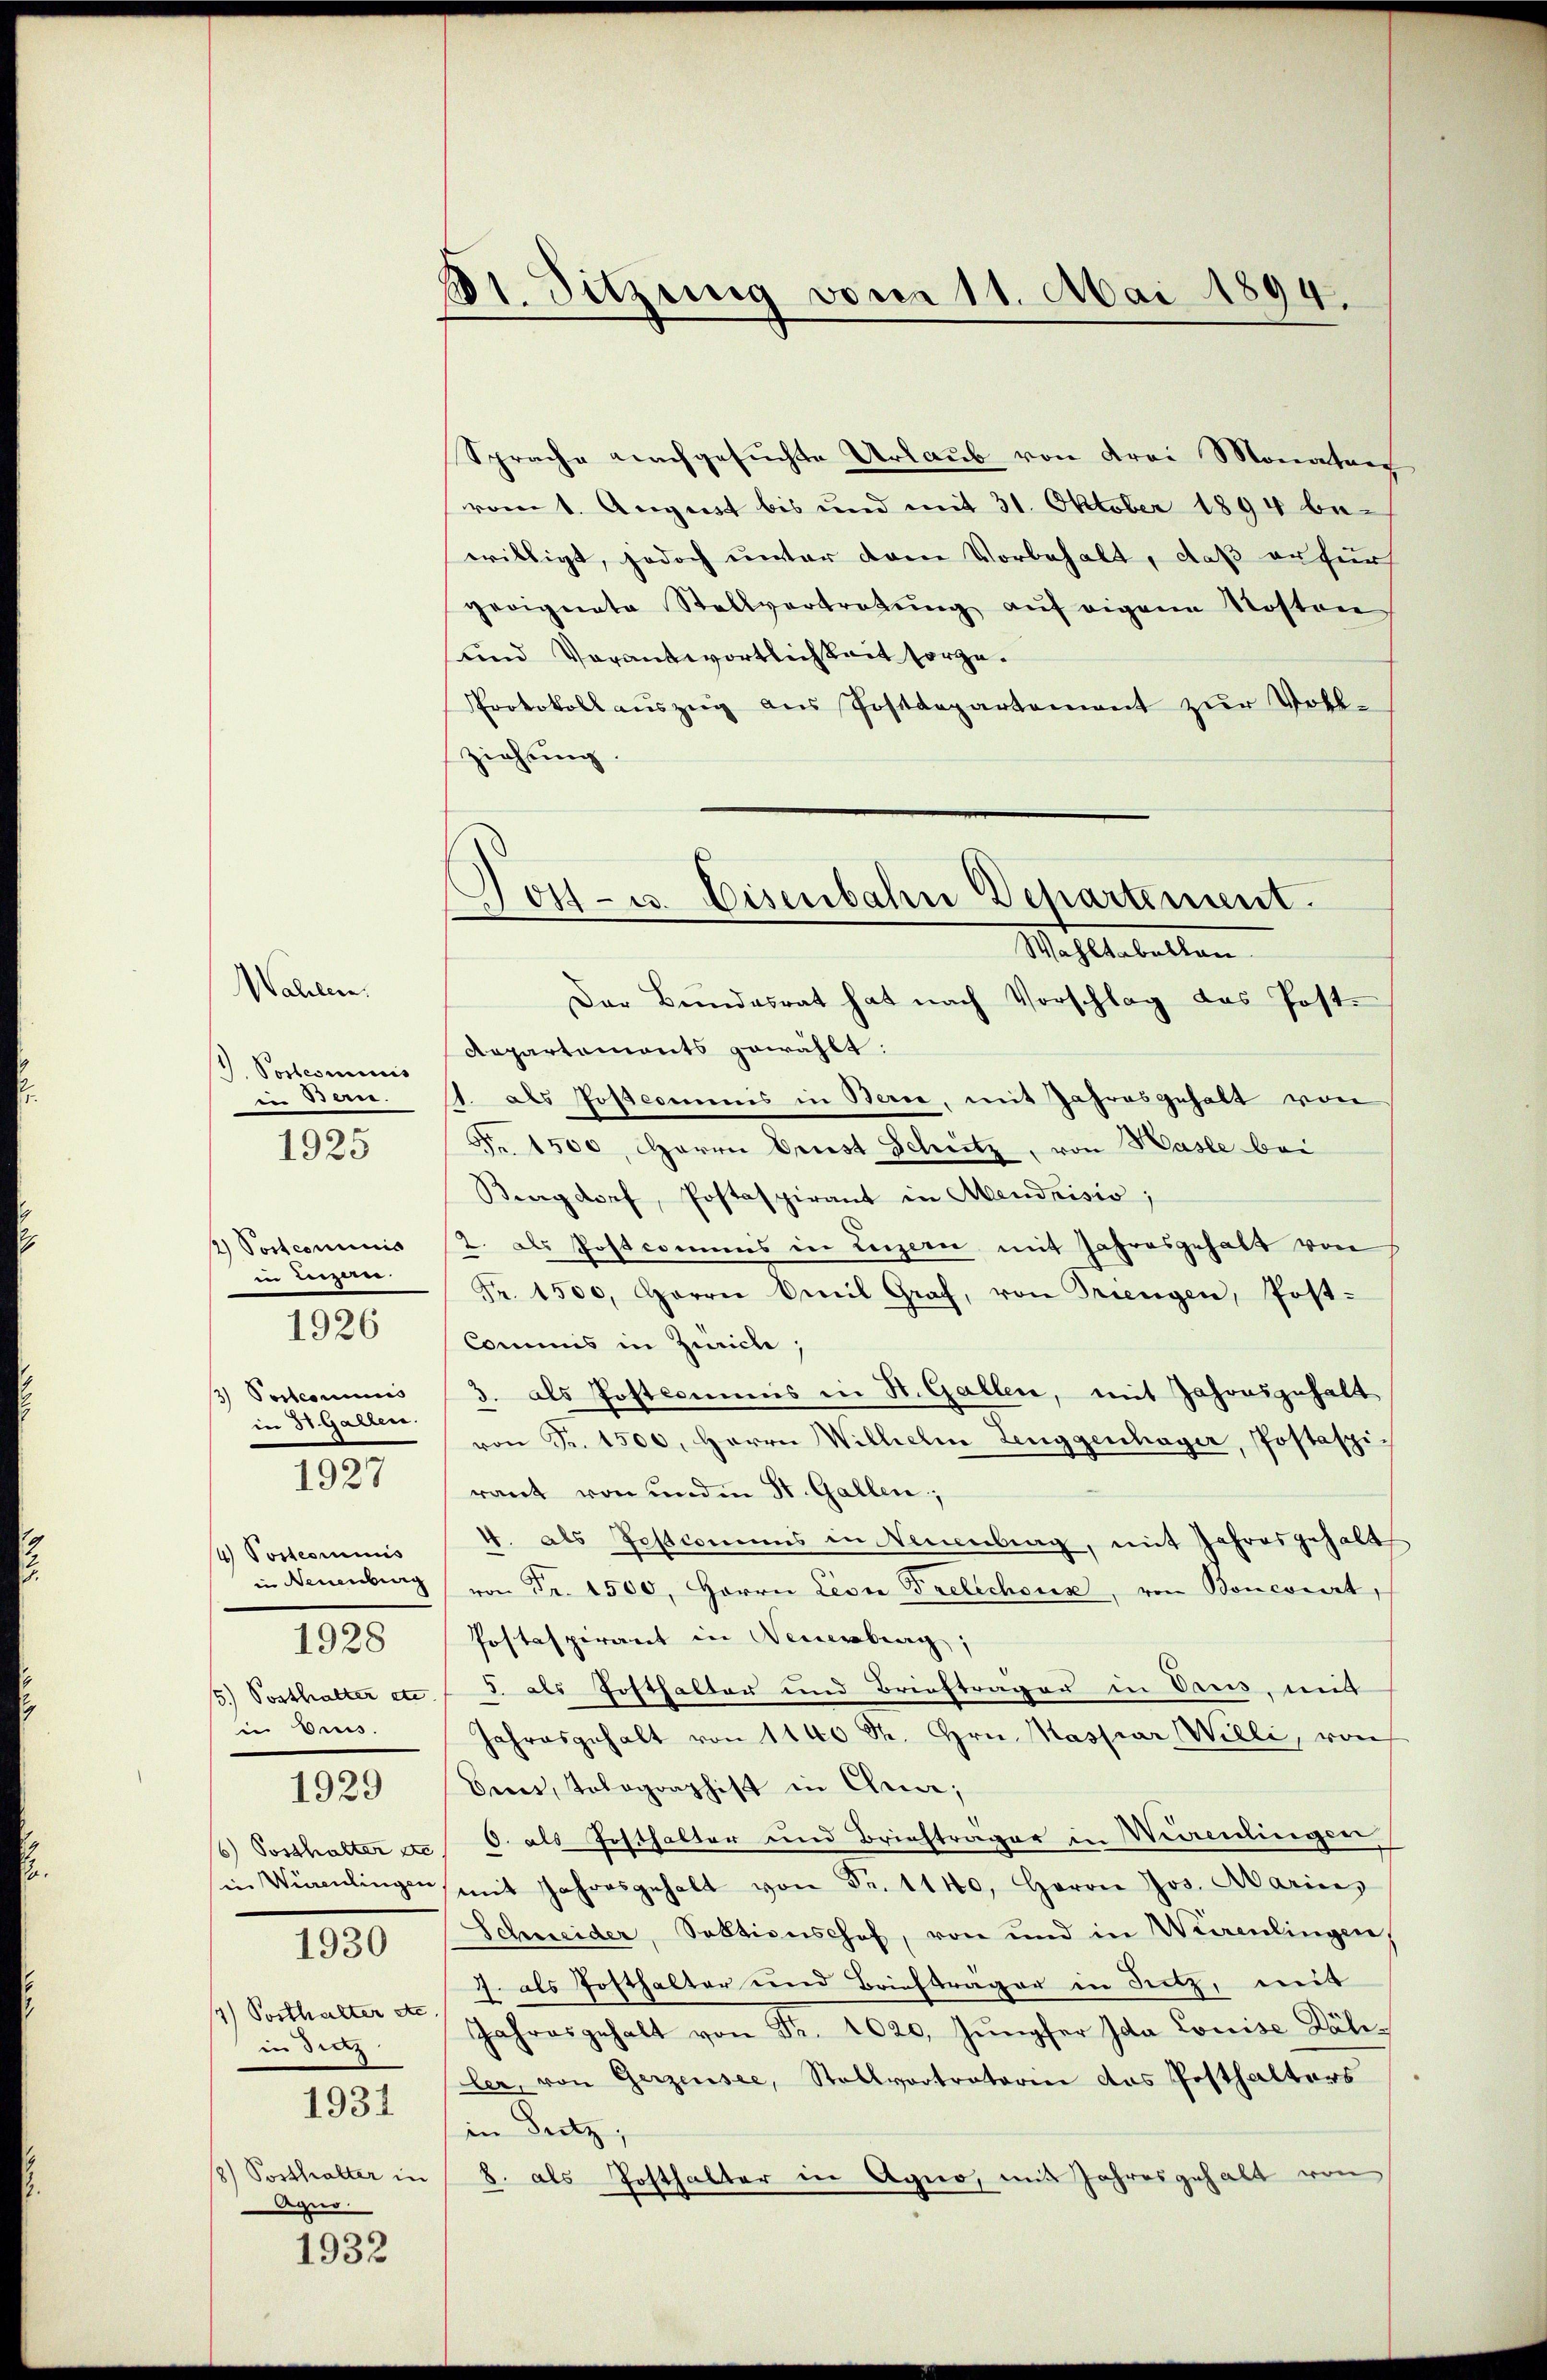
p. Postesminis
i diren.

Wahlen.

1925

2) Postcommis
in Luzer
3) Postcommis
in 31. Gallen.

1926

1927

4 Postcommis
in Brus.
16) Sosthalter etc
1930
1) Posthalter etc.
in dienz
1931
8) Posthalter in
Agno

1928

1929

1932

St. Sitzung vom 11. Mai 1899.

Sprache nachgesuchte Urlaub von Frei Monaturg
vom 1. August bis und mit 31. Oktober 1894 be-
willigt, jedoch unter dem Vorbehalt, daß erfur
geoignete Stellvertretŭng aŭf eigene Kosten
und Vorantwortlichkeit sorge¬
Protokoll aŭszŭg aŭs Postdepartement zŭr Voll-
ziehung.
Wahltabellan
Der Bŭndesrat hat nach Vorschlag das Post.
Repartements gewählt:
. als Postcommnis in Bern, mit Jahresgehalt von
Fr. 1500, Harre Drust Schütz, von Hasle bei
Burgdorf, Postaspirant in Abendrisio;
2. als Postcommis in Luzern mit Jahresgehalt von
Fr. 1500. Herrei Emil Graf, von Triengen, Post-
Commis in Zürich;
3. als Postcommis in St. Gallen, mit Jahonsgehalt
von Fr. 1500, Herrn Wilhelm Leuggenhager, Postaspirant von und in St. Gallen;
4. als Postcommis in Neuenburg, mit Jahresgehalt
in Neuenburg von Fr. 1500. Herrn Livre Frelichouse, von Boneviert,
Postaspirant in Neuenburg;
5. Posthalter etc. / J. als Hofthalter und Brieftrager in Paus, mit
Jahresgehalt von 1140 St. Hrn. Maspar Willi, von
Ceres, Tolographist in Chra;
O. als Posthalter und Briefträger in Widelingen
in Würenlingen mit Jahresgehalt von Fr. 1140, Herrn Jos. Aarin,
Schneider, Sektionshof, von und in Weirenlingen,
7. als Posthalter und Briefträger in Sitz, mit
Jahresgehalt von Fr. 1020. Jŭngfer Ida Louise Käliler, von Gerzensee, Stallvertratorin das Posthalters
in Satz,
8. als Posthalter in Agno, mit Jahresgehalt von

Jost- u. Eisenbahn Departement.